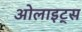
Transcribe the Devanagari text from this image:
ओलाइट्स